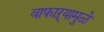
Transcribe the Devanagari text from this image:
वाफाऱ्यामुळे